Scottish Certificate of Education, 1962
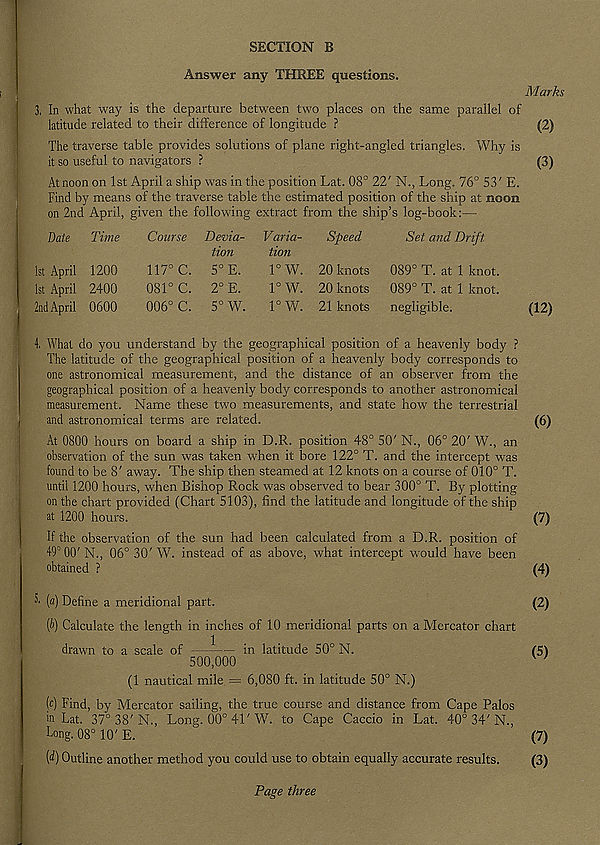
SECTION B
Answer any THREE questions.
3, In what way is the departure between two places on the same parallel of
latitude related to their difference of longitude ?
The traverse table provides solutions of plane right-angled triangles. Why is
it so useful to navigators ?
At noon on 1st April a ship was in the position Lat. 08° 22' N., Long. 76° 53' E.
Find by means of the traverse table the estimated position of the ship at noon
on 2nd April, given the following extract from the ship’s log-book:—
date Time
Course
1st April 1200
1st April 2400
2nd April 0600
117° C.
081° C.
006° C.
Devia-
tion
5° E.
2° E.
5° W.
Varia-
tion
1° W.
1° W.
1° W.
Speed
20 knots
20 knots
21 knots
Set and Drift.
089° T. at 1 knot.
089° T. at 1 knot,
negligible.
What do you understand by the geographical position of a heavenly body ?
The latitude of the geographical position of a heavenly body corresponds to
one astronomical measurement, and the distance of an observer from the
geographical position of a heavenly body corresponds to another astronomical
measurement. Name these two measurements, and state how the terrestrial
and astronomical terms are related.
At 0800 hours on board a ship in D.R. position 48° 50' N., 06° 20' W., an
observation of the sun was taken when it bore 122° T. and the intercept was
found to be 8' away. The ship then steamed at 12 knots on a course of 010° T.
until 1200 hours, when Bishop Rock was observed to bear 300° T. By plotting
on the chart provided (Chart 5103), find the latitude and longitude of the ship
at 1200 hours.
If the observation of the sun had been calculated from a D.R. position of
49° 00' N., 06° 30' W. instead of as above, what intercept would have been
obtained ?
(a) Define a meridional part.
(i) Calculate the length in inches of 10 meridional parts on a Mercator chart
drawn to a scale of —-— in latitude 50° N.
500,000
(1 nautical mile = 6,080 ft. in latitude 50° N.)
[c) Find, by Mercator sailing, the true course and distance from Cape Palos
>n Lat. 37° 38'N., Long. 00° 41'W. to Cape Caccio in Lat. 40° 34'N.,
Long. 08° 10' E.
f) Outline another method you could use to obtain equally accurate results.
Page three
Marks
(2)
(3)
(12)
(6)
(7)
(4)
(2)
(5)
(7)
(3)